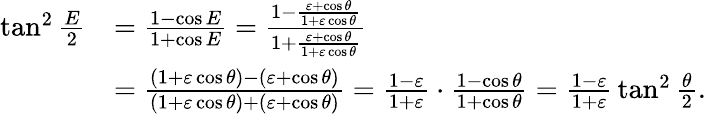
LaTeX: {\begin{array}{rl}{\tan^{2}{\frac{E}{2}}}&{={\frac{1-\cos E}{1+\cos E}}={\frac{1-{\frac{\varepsilon+\cos\theta}{1+\varepsilon\cos\theta}}}{1+{\frac{\varepsilon+\cos\theta}{1+\varepsilon\cos\theta}}}}}\\ &{={\frac{(1+\varepsilon\cos\theta)-(\varepsilon+\cos\theta)}{(1+\varepsilon\cos\theta)+(\varepsilon+\cos\theta)}}={\frac{1-\varepsilon}{1+\varepsilon}}\cdot{\frac{1-\cos\theta}{1+\cos\theta}}={\frac{1-\varepsilon}{1+\varepsilon}}\tan^{2}{\frac{\theta}{2}}.}\end{array}}